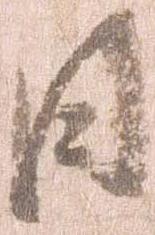
日